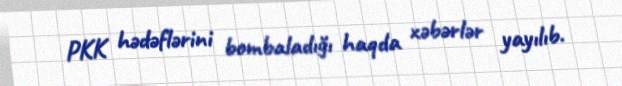
PKK hədəflərini bombaladığı haqda xəbərlər yayılıb.